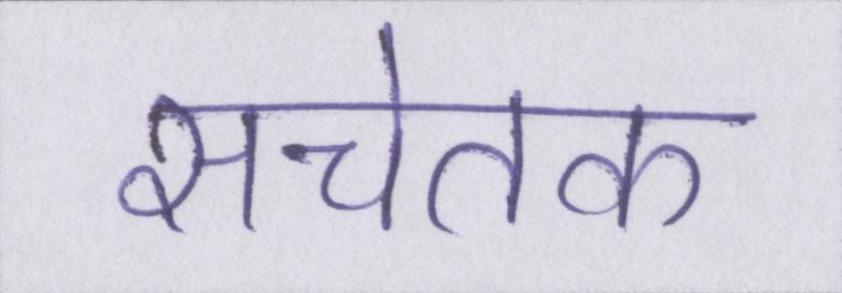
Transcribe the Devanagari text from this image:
सचेतक